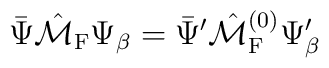
\bar{\Psi}\hat{\cal M}_{\rm F}\Psi_{\beta}=\bar{\Psi}'\hat{\cal M}^{(0)}_{\rm F}\Psi'_{\beta}